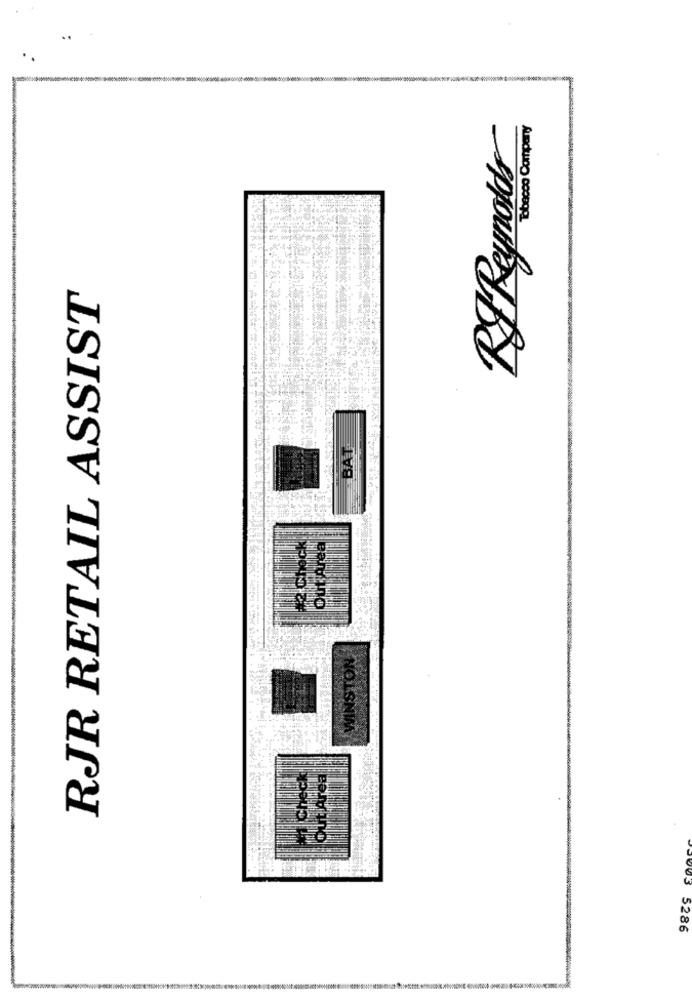
RF Reynolds
RJR RETAIL ASSIST
BAT
WINSTON
5286